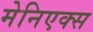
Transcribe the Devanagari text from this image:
मेनिएक्स